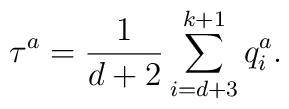
\tau ^{a}=\frac{{1}}{d+2}\sum_{i=d+3}^{k+1}q_{i}^{a}.